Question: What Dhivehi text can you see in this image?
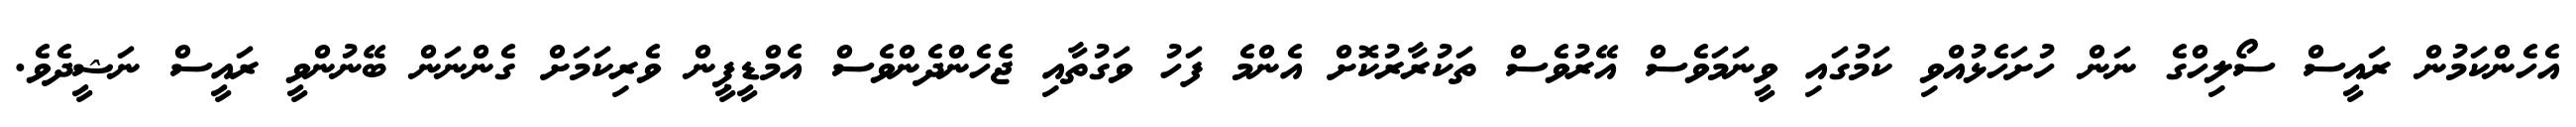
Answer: އެހެންކަމުން ރައީސް ސޯލިހްގެ ނަން ހުށަހެޅުއްވި ކަމުގައި ވީނަމަވެސް އޭރުވެސް ތަކުރާރުކޮށް އެންމެ ފަހު ވަގުތާއި ޖެހެންދެންވެސް އެމްޑީޕީން ވެރިކަމަށް ގެންނަން ބޭނުންވީ ރައީސް ނަޝީދެވެ.